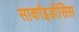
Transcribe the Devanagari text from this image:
सार्काइडॉसिस